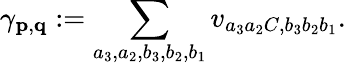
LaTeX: \gamma_{\mathbf{p},\mathbf{q}}:=\sum_{a_{3},a_{2},b_{3},b_{2},b_{1}}v_{a_{3}a_{2}C,b_{3}b_{2}b_{1}}.